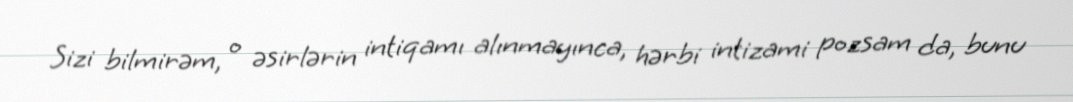
Sizi bilmirəm, o əsirlərin intiqamı alınmayınca, hərbi intizami pozsam da, bunu